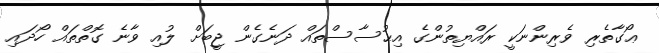
ޢޯގާތެރި ވެރިންނަކީ ރައްޔިތުންގެ އިޙުސާސްތައް ދަނެގެން ޖީބަށް ލުއި ވާނެ ގޮތްތައް ހޯދައި